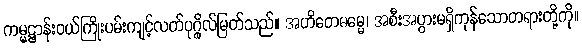
ကမ္မဋ္ဌာန်းဝယ်ကြိုးပမ်းကျင့်လတ်ပုဂ္ဂိုလ်မြတ်သည်။ အဟိတေဓမ္မေ၊ အစီးအပွားမရှိကုန်သောတရားတို့ကို။